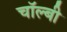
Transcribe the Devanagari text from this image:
चॉल्बी